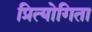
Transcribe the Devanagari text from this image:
प्रित्योगिता